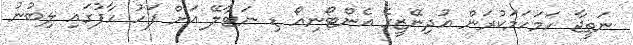
ނަތީޖާ ހަމަހަމަކުރަން އުދިނޭޒީގެ އެންޓޯނިއޯ ޑި ނަޓާލޭ އަށް ފަހު ހާފުގައި ލިބުނު